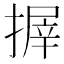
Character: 搱